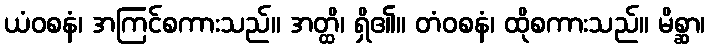
ယံဝစနံ၊ အကြင်စကားသည်။ အတ္ထိ၊ ရှိ၏။ တံဝစနံ၊ ထိုစကားသည်။ မိစ္ဆာ၊